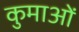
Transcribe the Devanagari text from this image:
कुमाओं